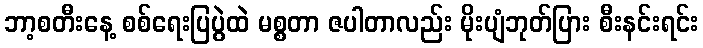
ဘာ့စတီးနေ့ စစ်ရေးပြပွဲထဲ မစ္စတာ ဇပါတာလည်း မိုးပျံဘုတ်ပြား စီးနင်းရင်း